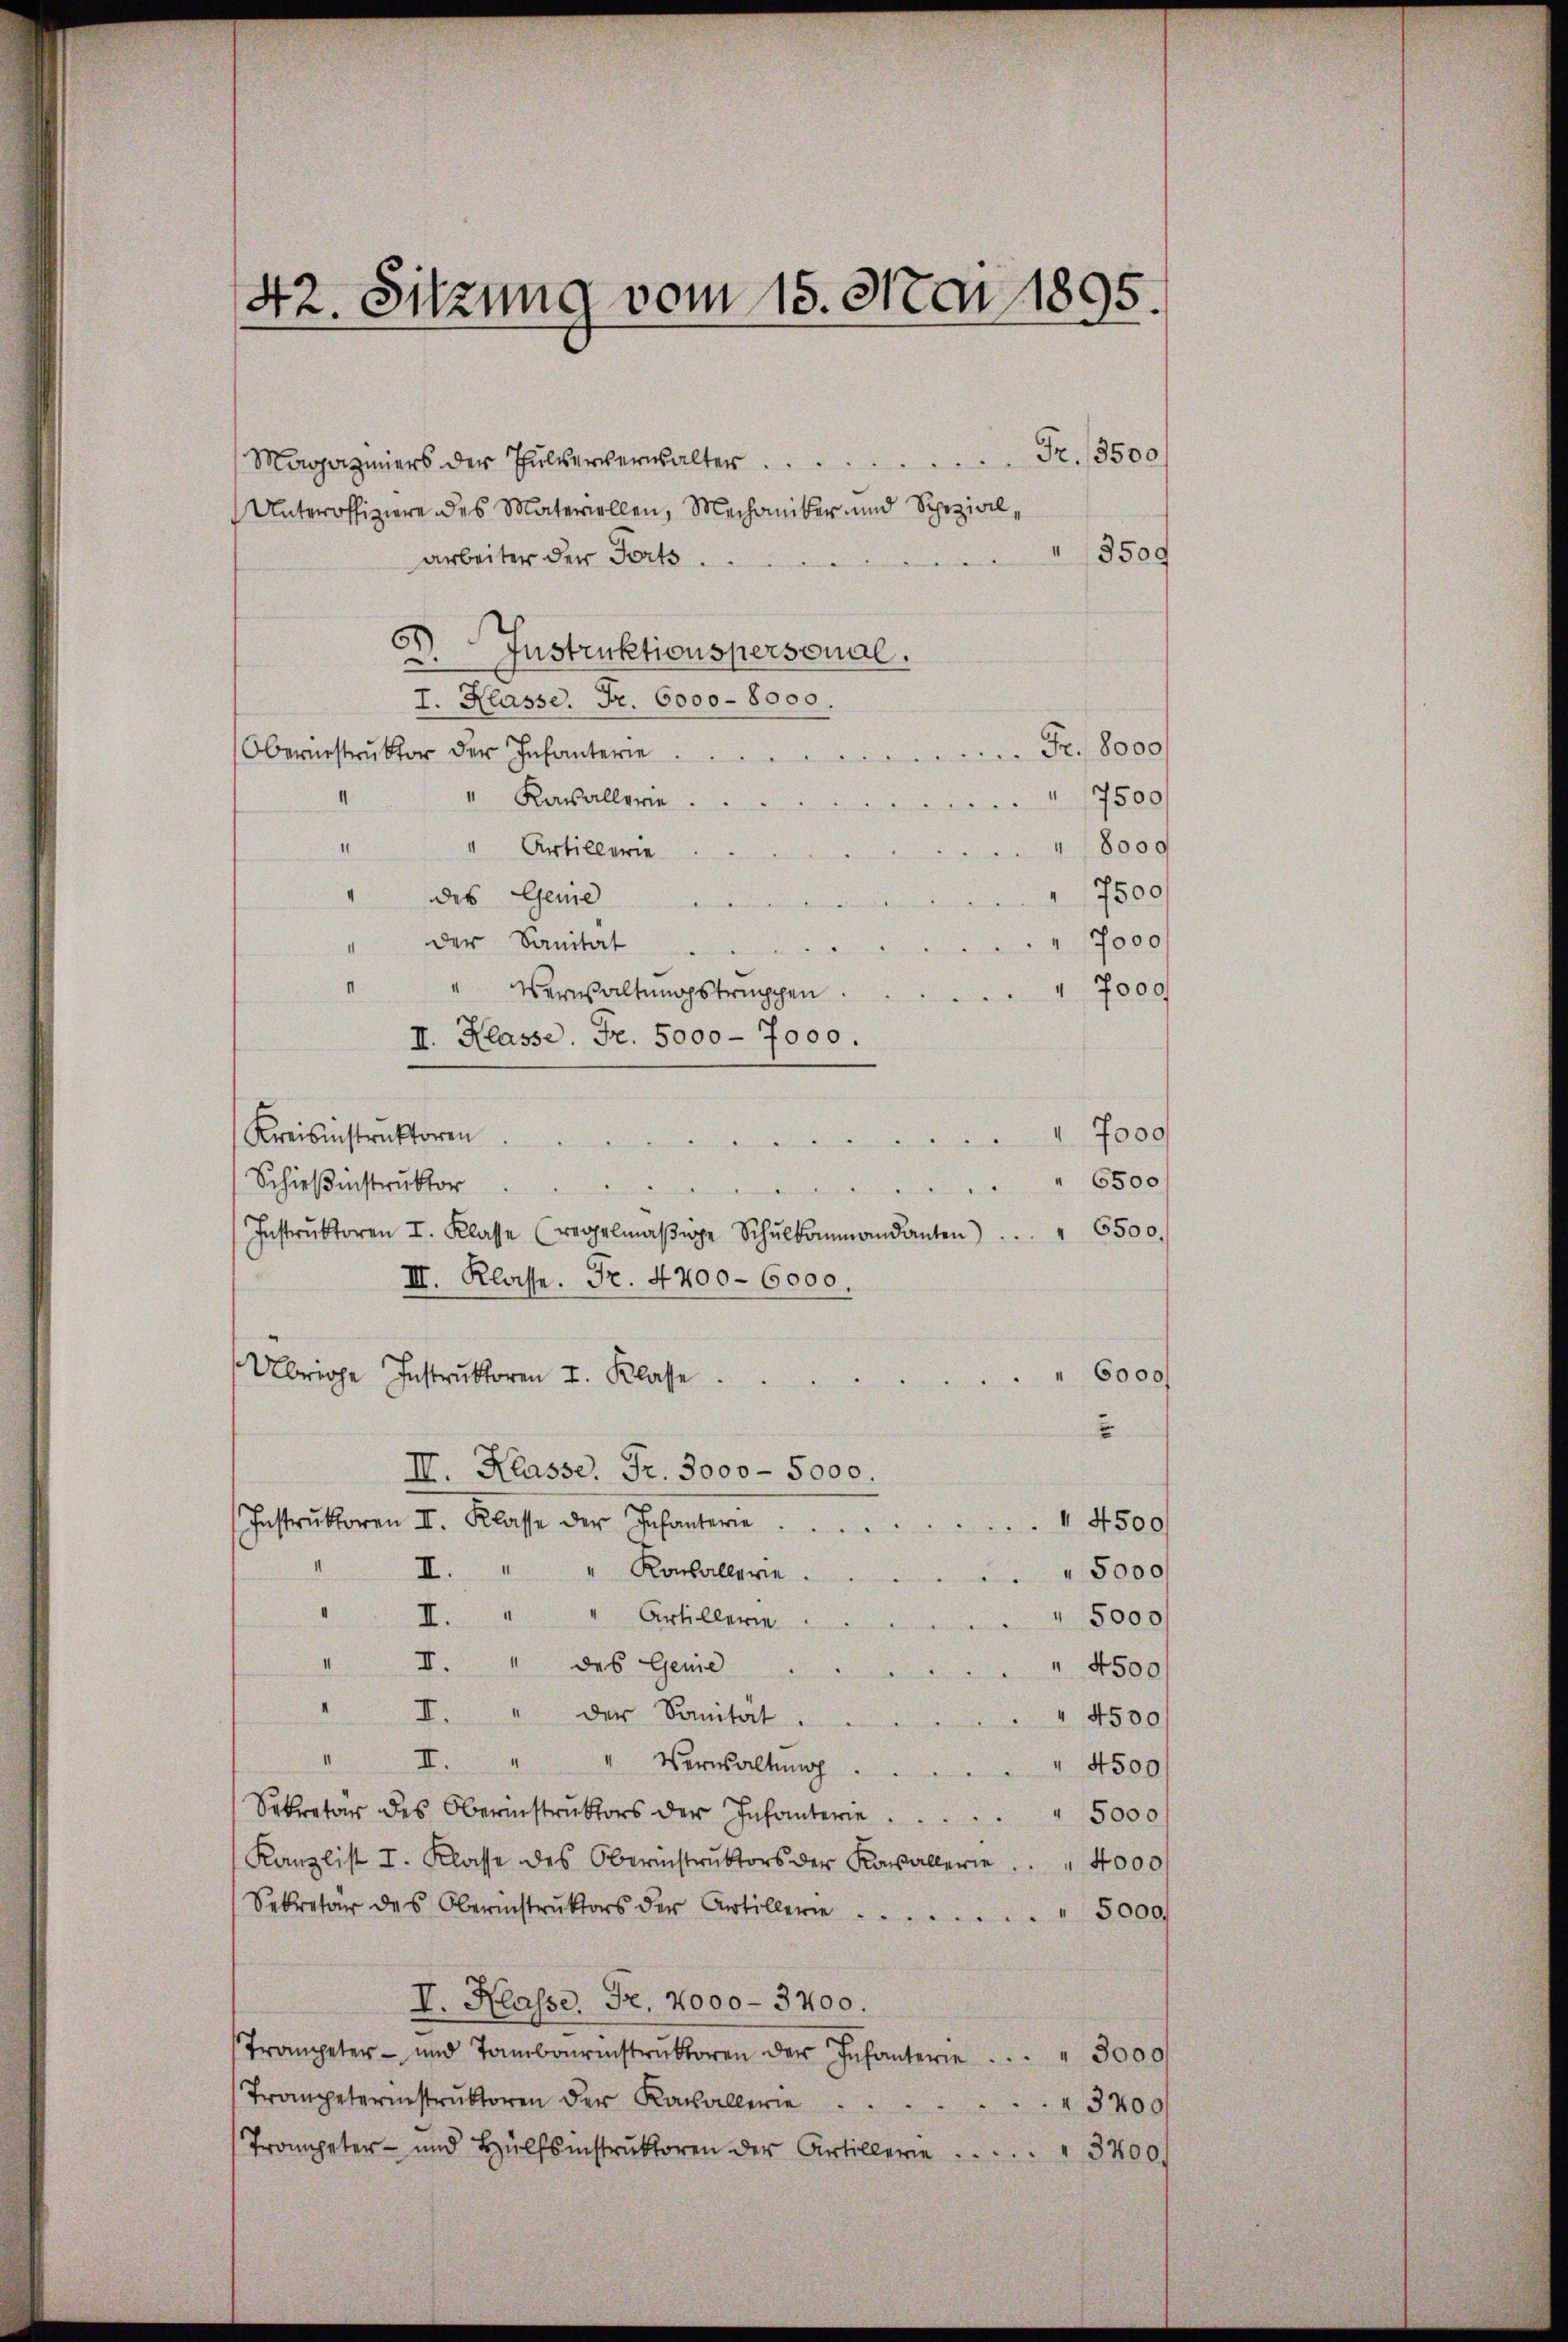
Magaziners der Pulververwalter
Unteroffiziere des Materiellen, Mechaniker und Spezial¬
3509
arbeiter der Forts.
D.
Instruktionspersonal.
I. Klasse. Fr. 6000 - 8000.
Fr. 8000
Obernestruktor der Infanterie
mden we
 7500
" Kasallerie
8000
II.
" Artillerie
7500
des Genie
I
7000
der Sanität ....
7000
" Verwaltungstruppen
II. Klasse. Fr. 5000 - 7000.
7000
Kreisinstruktoren
d
" 6500
Schießinstruktor

Instrŭktoren I. Klasse (regelmäβige Schŭlkommandanten . . . " 6500.
III. Klasse. Fr. 4400–6000.
Übrige Instruktoren I. Klasse
" 6000/
2
II. Klasse. Fr. 3000 - 5000.
Instrŭktoren II. Klasse der Infanterie 4500
II.
Konballerie 5000f
“
1
I.
" Artillerie 5000/
" I. " des Geme . . . . . . . 4500
" I. " der Sanitat.
" 4500
1
II. " " Verwaltŭng  ..  ..  ..  ..  . . 4500/
Sekretär des Oberinstruktors der Infanterie 5000
Kanzlist I. Klasse des Oberinstrŭktors der Kavallerie . . . 4000
Sekretär des Oberinstrŭktors der Artillerie . . . 5000.
I. Klasse. Fr. 2000 - 3700.
Trompeter- und Tambourenstruktoren der Infanterie . . . " 3000
Trompeterinstruktoren der Kasallerie
3200
Trompeter- und Hülfsinstrŭktoren der Artillerie . . . . . . " 3400.

42. Sitzung vom 15. Mai 1895.

Fr. 3500